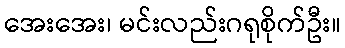
အေးအေး၊ မင်းလည်းဂရုစိုက်ဦး။